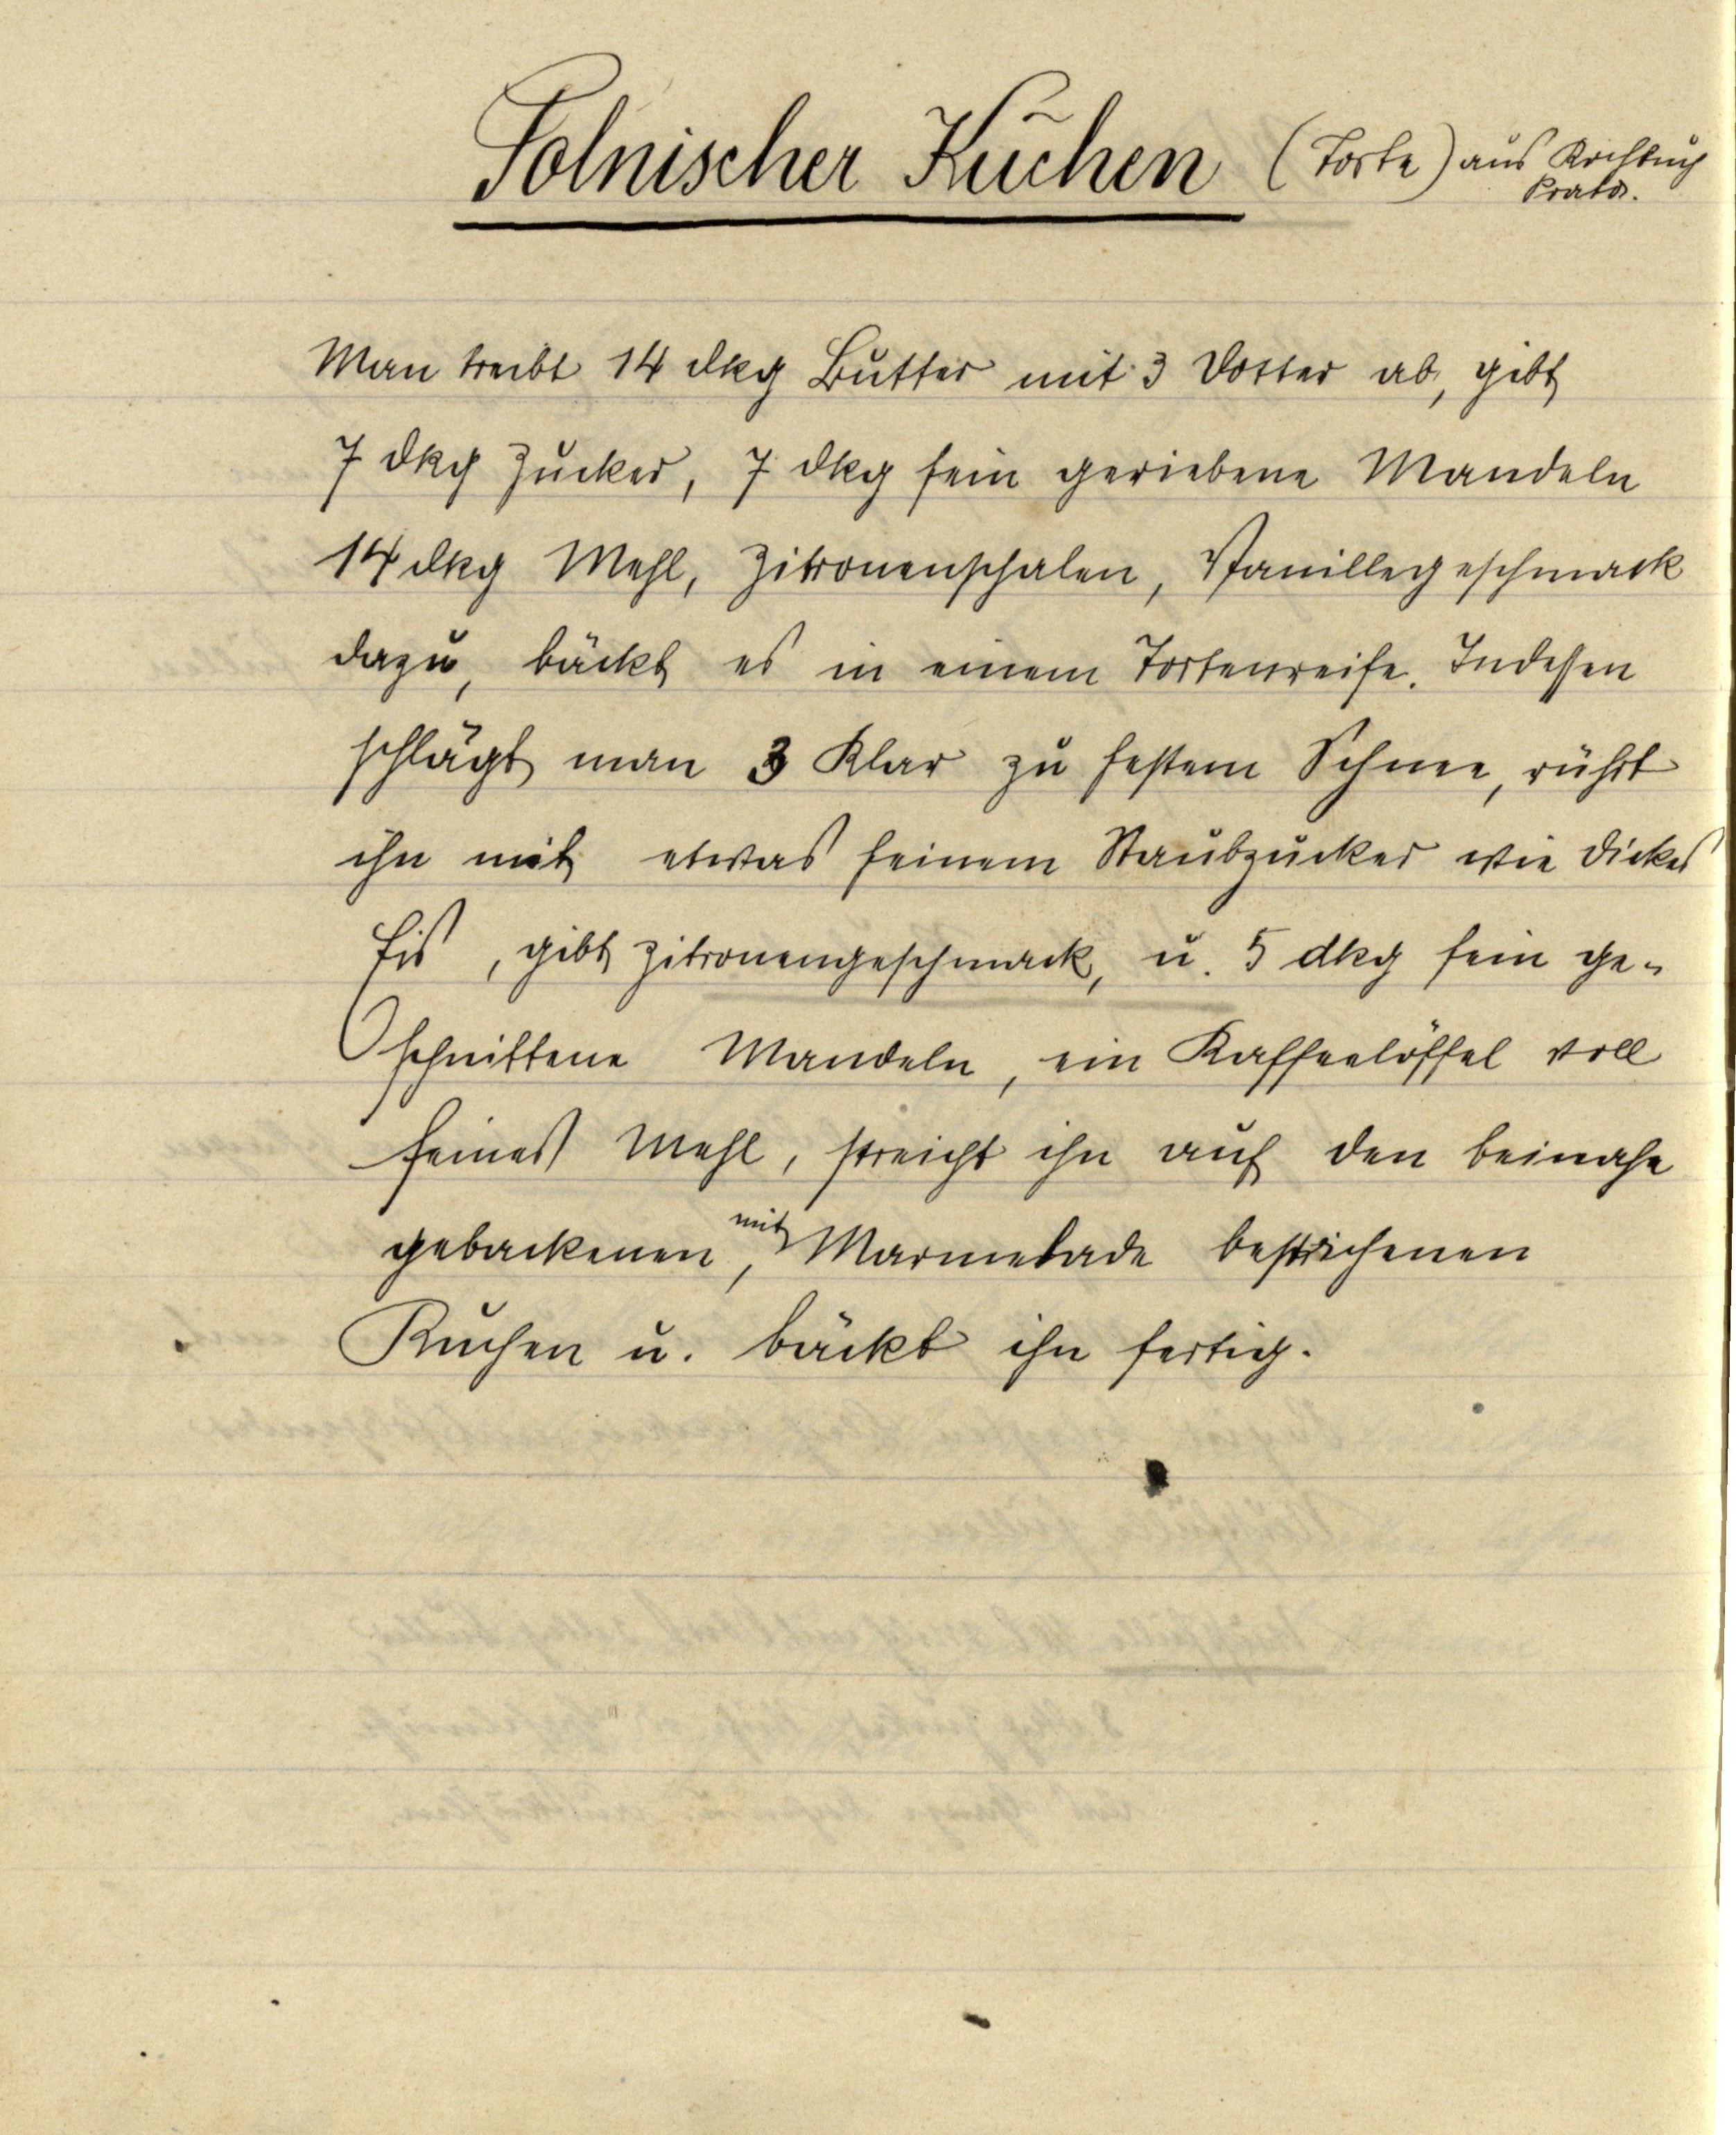
Polnischer Kuchen

(Torte) aus Kochbuch
Prator.

Man treibt 14 dkg Butter mit 3 Dotter ab, gibt
7 dkg Zucker, 7 dkg fein geriebene Mandeln
14 dkg Mehl, Zitronenschalen, Vanillegeschmack
dazu, bäckt es in einem Tortenreife. Indessen
schlägt man 3 Klar zu festem Schnee, rührt
ihn mit etwas feinem Staubzucker wie dickes
Eis, gibt Zitronengeschmack, u. 5 dkg fein ge¬
schnittene Mandeln, ein Kaffeelöffel voll
feines Mehl, streicht ihn auf den beinahe
gebackenen, mit Marmelade bestrichenen
Kuchen u. bäckt ihn fertig.